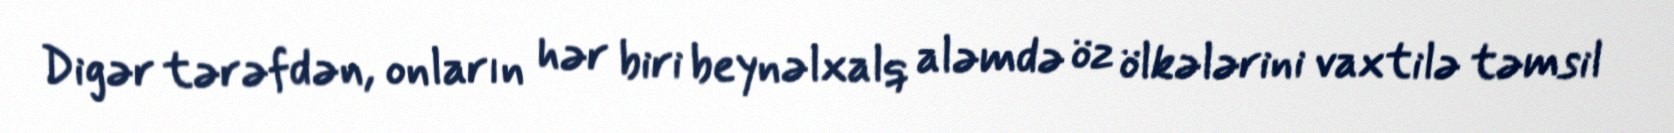
Digər tərəfdən, onların hər biri beynəlxalq aləmdə öz ölkələrini vaxtilə təmsil